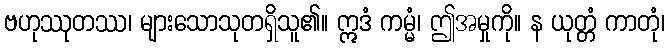
ဗဟုဿုတဿ၊ များသောသုတရှိသူ၏။ ဣဒံ ကမ္မံ၊ ဤအမှုကို။ န ယုတ္တံ ကာတုံ၊